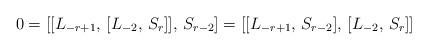
LaTeX: \begin{align*} 0 = [[L_{-r+1}, \, [L_{-2}, \, S_r]], \, S_{r-2}] = [[L_{-r+1}, \, S_{r-2}], \, [L_{-2}, \, S_r]]\end{align*}